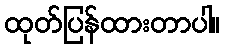
ထုတ်ပြန်ထားတာပါ။